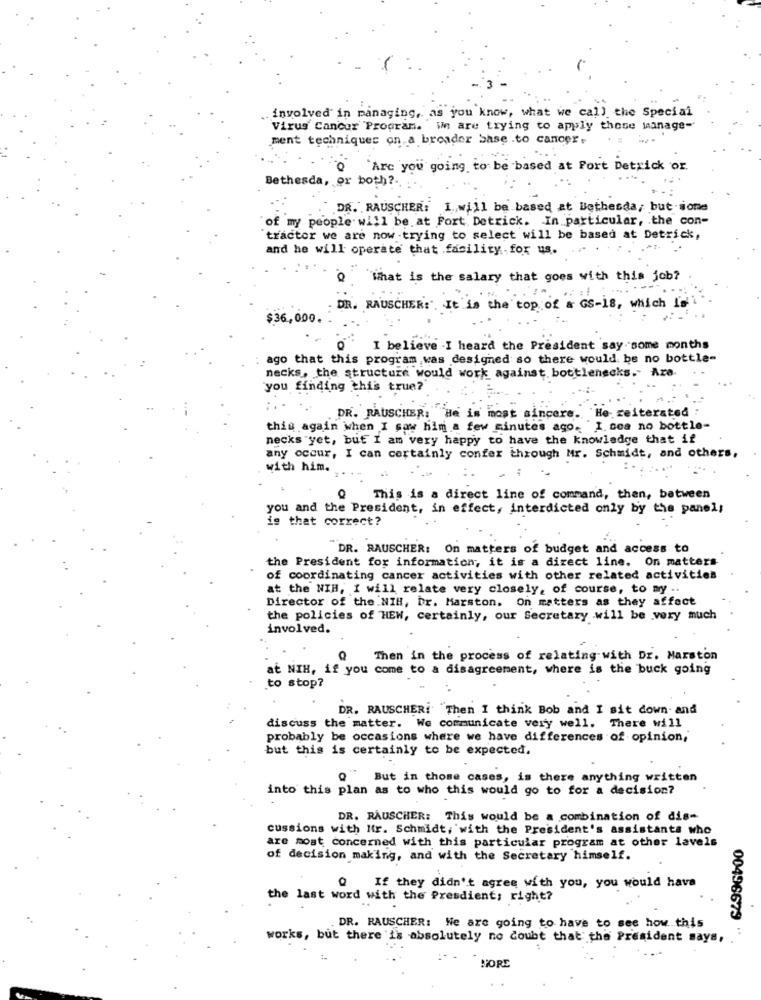
.. involved in managing, as you know, what we call the Special
Virus Cancer Program. We are trying to apply these manage-
ment techniques on a broader Sase .to cancer,
"Are you going to be based at Fort Detrick or.
Bethesda, or both ?.
DR. RAUSCHER: I. will be based at Bethesda, but sione
of my people will be at Fort Detrick. In particular, the con-
tractor we are now -trying to select will be based at Detrick,
and he will operate that facility.for us.
`What is the salary that goes with this job?
DR. RAUSCHER:'. It is the top of a GS-18, which is
$36,000.
I believe .I heard the President say some months
ago that this program was designed so there would be no bottle-
necks, the structure would work against bottlenecks .- Are.
you finding this true?
DR. RAUSCHER: He is most sincere. He- reiterated :
this again when I saw him a few minutes ago. I. sea no bottle-
necks "yet, but I am very happy to have the knowledge that if
any occur, I can certainly confer through Mr. Schmidt, and others,
with him.
This is a direct line of command, then, between
you and the President, in effect, interdicted only by the panel;
is that correct?
DR. RAUSCHER: On matters of budget and access to
the President for information, it is a direct line. On matters
of coordinating cancer activities with other related activities
at the NIH, I will relate very closely, of course, to my ..
Director of the NIH, br. Marston. On matters as they affect
the policies of HEW, certainly, our Secretary will be very much
involved.
Then in the process of relating with Dr. Marston
at NIH, if you come to a disagreement, where is the buck going
to stop?
DR. RAUSCHER: Then I think Bob and I sit down- and
discuss the matter. We communicate very well. There will
probably be occasions where we have differences of opinion,
but this is certainly to be expected.
But in those cases, is there anything written
into this plan as to who this would go to for a decision?
DR. RAUSCHER: This would be a combination of dis-
cussions with Mr. Schmidt, with the President's assistants who
are most concerned with this particular program at other lavels
of decision making, and with the Secretary himself.
@ If they didn't agree with you, you would have
the last word with the Presdient; right?
. DR. RAUSCHER: We are going to have to see how this
00496679 '
works, but there 'is absolutely no doubt that the President says,
MORE